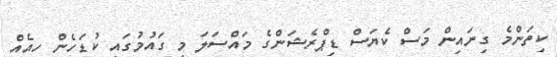
ކިތަންމެ ގިނައިން މަސް ކެޔަސް ޑިޕްރެޝަންގެ މައްސަލަ މި ގައުމުގައި ކުޑަހެން ހިއެއް